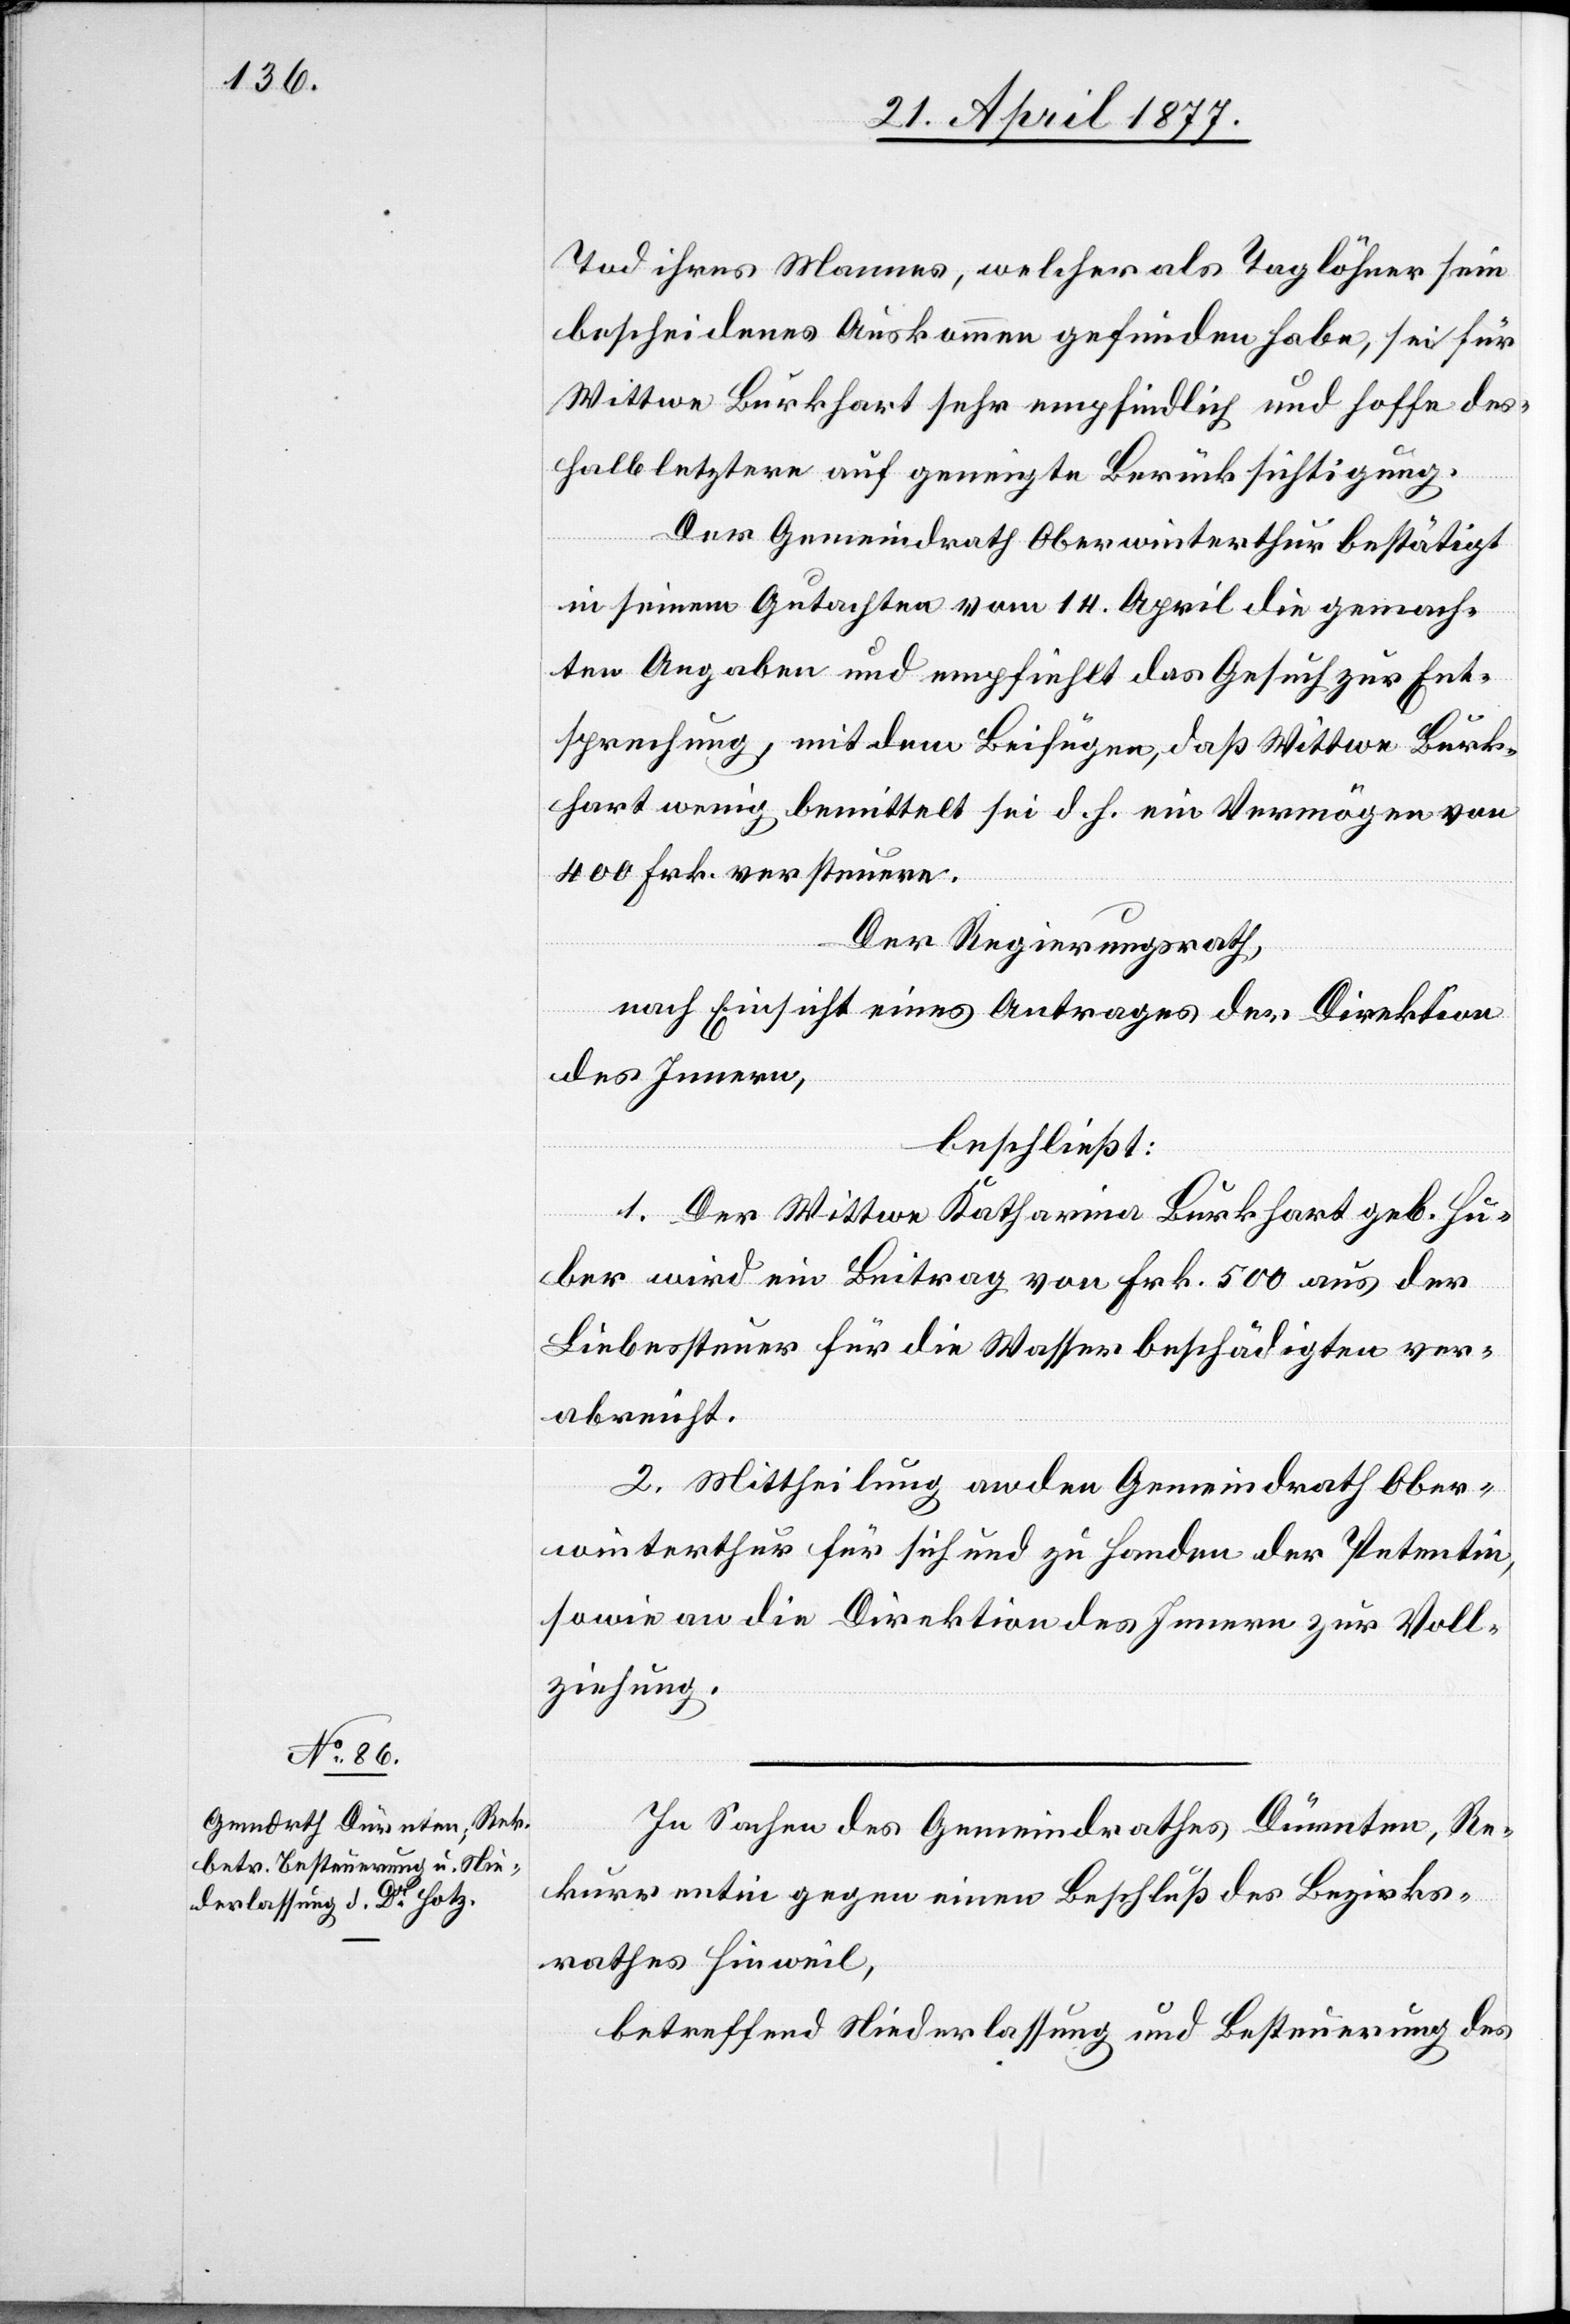
Tod ihres Mannes, welcher als Taglöhner sein
bescheidenes Auskommen gefunden habe, sei für
Wittwe Burkhart sehr empfindlich und hoffe des¬
halb letztere auf geneigte Berücksichtigung.
Der Gemeindrath Oberwinterthur bestätigt
in seinem Gutachten vom 14. April die gemach¬
ten Angaben und empfiehlt das Gesuch zur Ent¬
sprechung, mit dem Beifügen, daß Wittwe Burk¬
hart wenig bemittelt sei d. h. ein Vermögen von
400 Frk. versteuere.
Der Regierungsrath,
nach Einsicht eines Antrages der Direktion
des Innern,
beschließt:
1. Der Wittwe Katharina Burkhart geb. Hu¬
ber wird ein Beitrag von Frk. 500 aus der
Liebessteuer für die Wasserbeschädigten ver¬
abreicht.
2. Mittheilung an den Gemeindrath Ober¬
winterthur für sich und zu Handen der Petentin,
sowie an die Direktion des Innern zur Voll¬
ziehung.
In Sachen des Gemeindrathes Dürnten, Re¬
kurrentin gegen einen Beschluß des Bezirks¬
rathes Hinweil,
betreffend Niederlassung und Besteuerung des